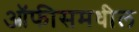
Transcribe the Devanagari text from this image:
ऑफीसमधील